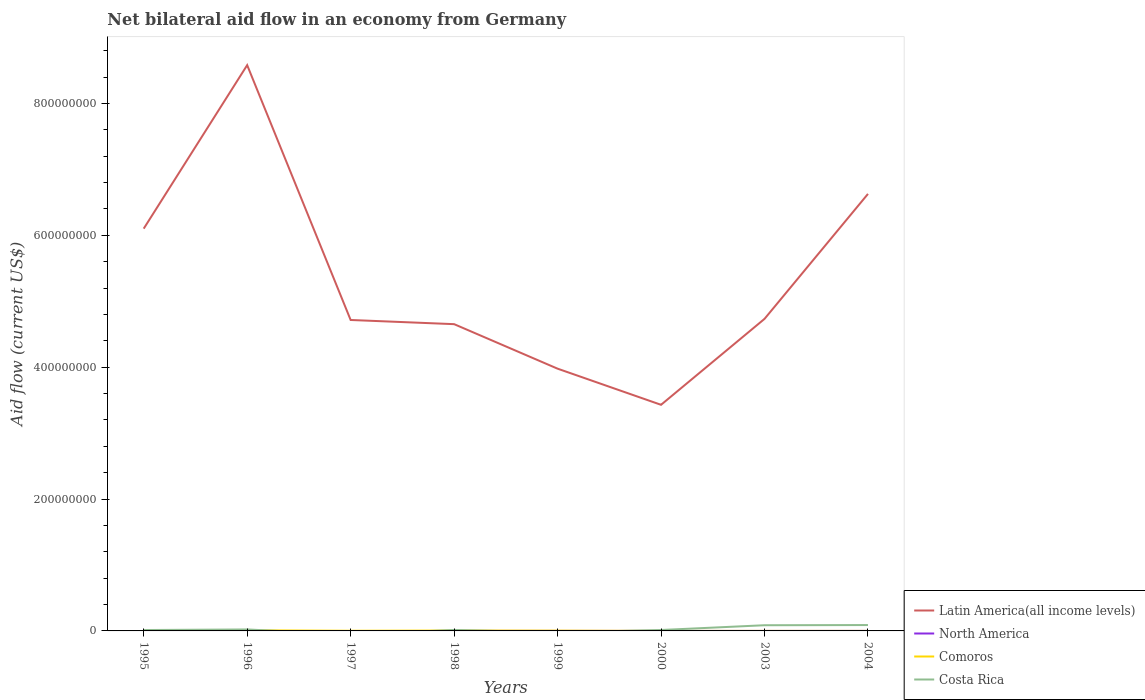
| Years | Latin America(all income levels) | North America | Comoros | Costa Rica |
 | --- | --- | --- | --- | --- |
 | 1995 | 6.1e+08 | -2.17e+06 | 2.1e+05 | 1.34e+06 |
 | 1996 | 8.58e+08 | -4.14e+06 | 9.5e+05 | 2.22e+06 |
 | 1997 | 4.72e+08 | -8.3e+06 | 2.6e+05 | -5.35e+06 |
 | 1998 | 4.65e+08 | 2e+04 | 6e+05 | 1.49e+06 |
 | 1999 | 3.98e+08 | 2e+04 | 4.2e+05 | -2.29e+06 |
 | 2000 | 3.43e+08 | 1e+04 | 3e+04 | 1.39e+06 |
 | 2003 | 4.73e+08 | 1e+04 | 4e+04 | 8.62e+06 |
 | 2004 | 6.63e+08 | 3e+04 | 2e+04 | 8.91e+06 |